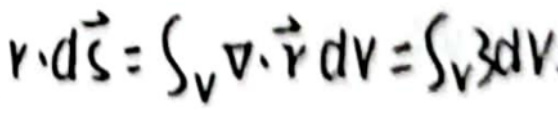
$\oint_{S} \vec{v} \cdot d\vec{S} = \int_{V} \nabla \cdot \vec{v} dv = \int_{V} \rho dv$